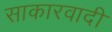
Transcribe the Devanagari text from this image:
साकारवादी